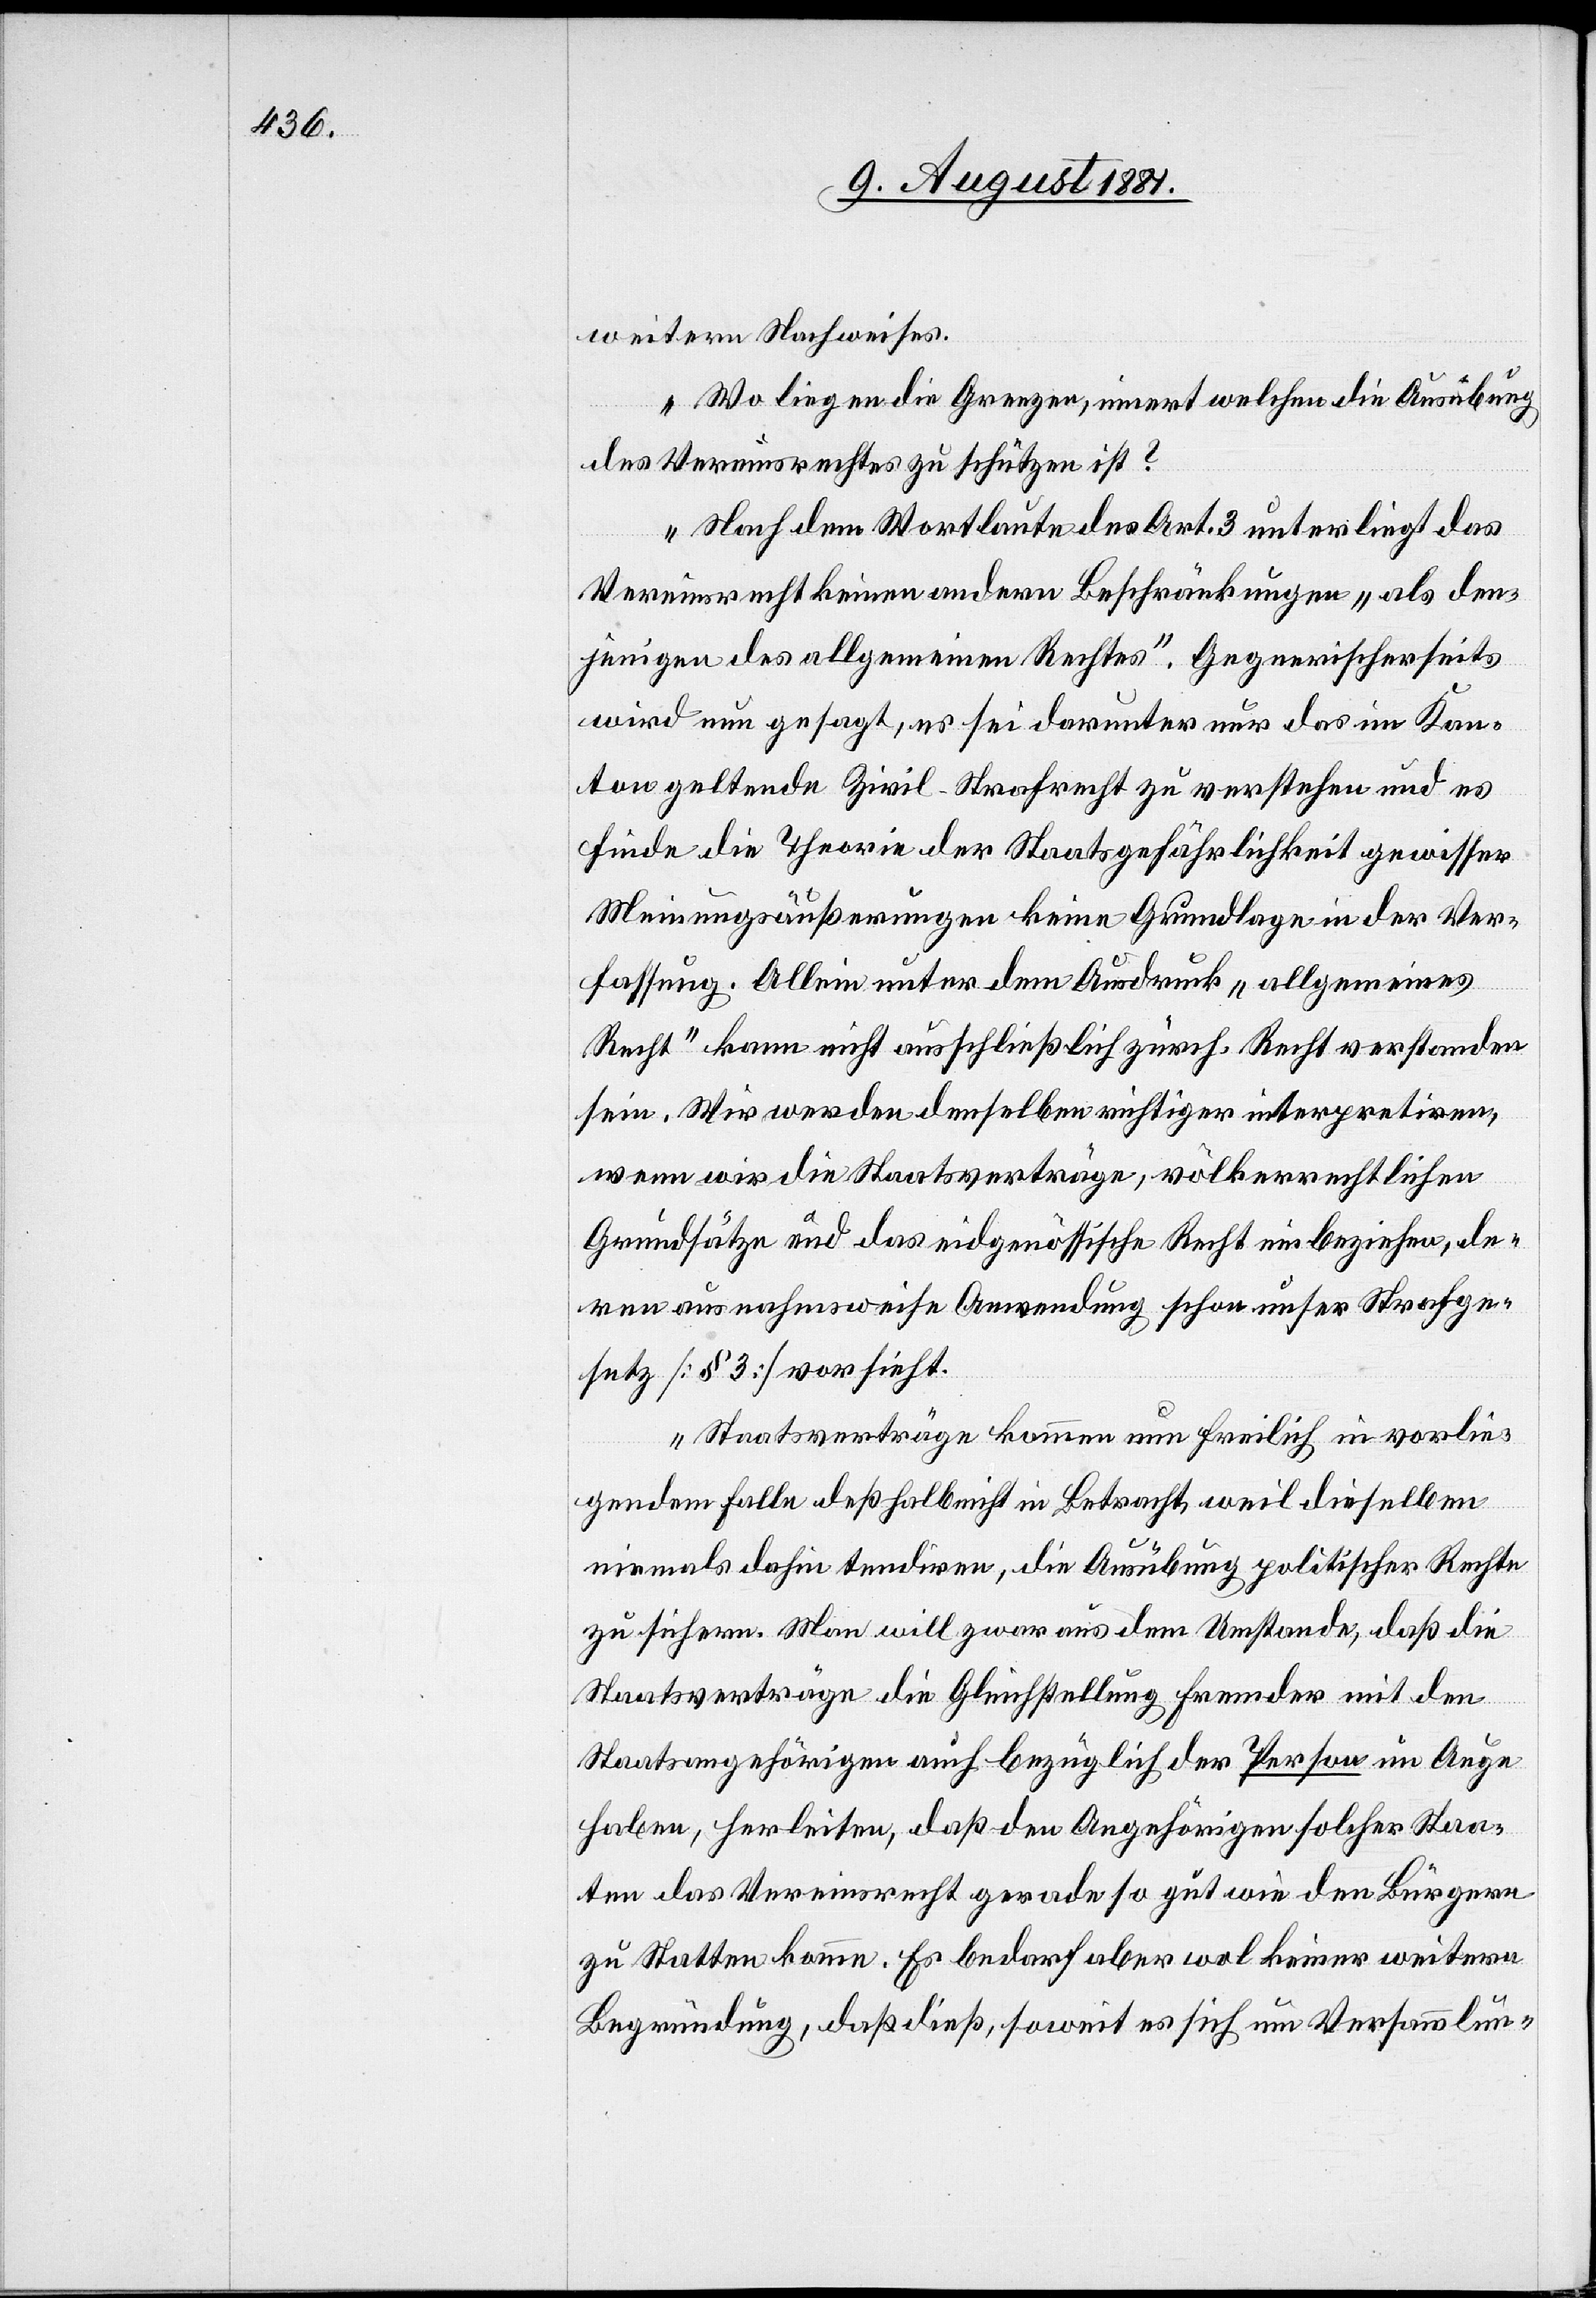
weitern Nachweises.
Wo liegen die Grenzen, innert welchen die Ausübung
des Vereinsrechtes zu schützen ist?
Nach dem Wortlaute des Art. 3. unterliegt das
Vereinsrecht keinen andern Beschränkungen „als den¬
jenigen des allgemeinen Rechtes“. Gegnerischerseits
wird nun gesagt, es sei darunter nur das im Kan¬
ton geltende Zivil-Strafrecht zu verstehen und es
finde die Theorie der Staatsgefährlichkeit gewisser
Meinungsäußerungen keine Grundlage in der Ver¬
fassung. Allein unter dem Ausdruck „allgemeines
Recht“ kann nicht ausschließlich zürch. Recht verstanden
sein. Wir werden denselben richtigen interpretiren,
wenn wir die Staatsverträge, völkerrechtlichen
Grundsätze und das eidgenössische Recht einbeziehen, de¬
ren ausnahmsweise Anwendung schon unser Strafge¬
setz [§ 3] vorsieht.
Staatsverträge kommen nun freilich in vorlie¬
gendem Falle deßhalb nicht in Betracht, weil dieselben
niemals dahin tendiren, die Ausübung politischer Rechte
zu sichern. Man will zwar aus dem Umstande, daß die
Staatsverträge die Gleichstellung Fremder mit den
Staatsangehörigen auch bezüglich der Person im Auge
haben, herleiten, daß den Angehörigen solcher Staa¬
ten das Vereinsrecht gerade so gut wie den Bürgern
zu Statten komme. Es bedarf aber wol keiner weitern
Begründung, daß dieß, soweit es sich um Versammlun-